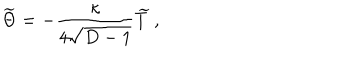
LaTeX: { \widetilde \Theta } = - { \frac { \kappa } { 4 \sqrt { D - 1 } } } { \widetilde T } ~ ,